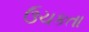
ઉચકતા